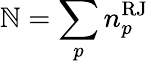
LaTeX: \mathbb{N}=\sum_{p}n_{p}^{\mathrm{{RJ}}}